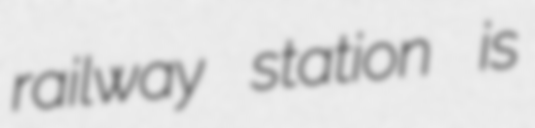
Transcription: railway station is